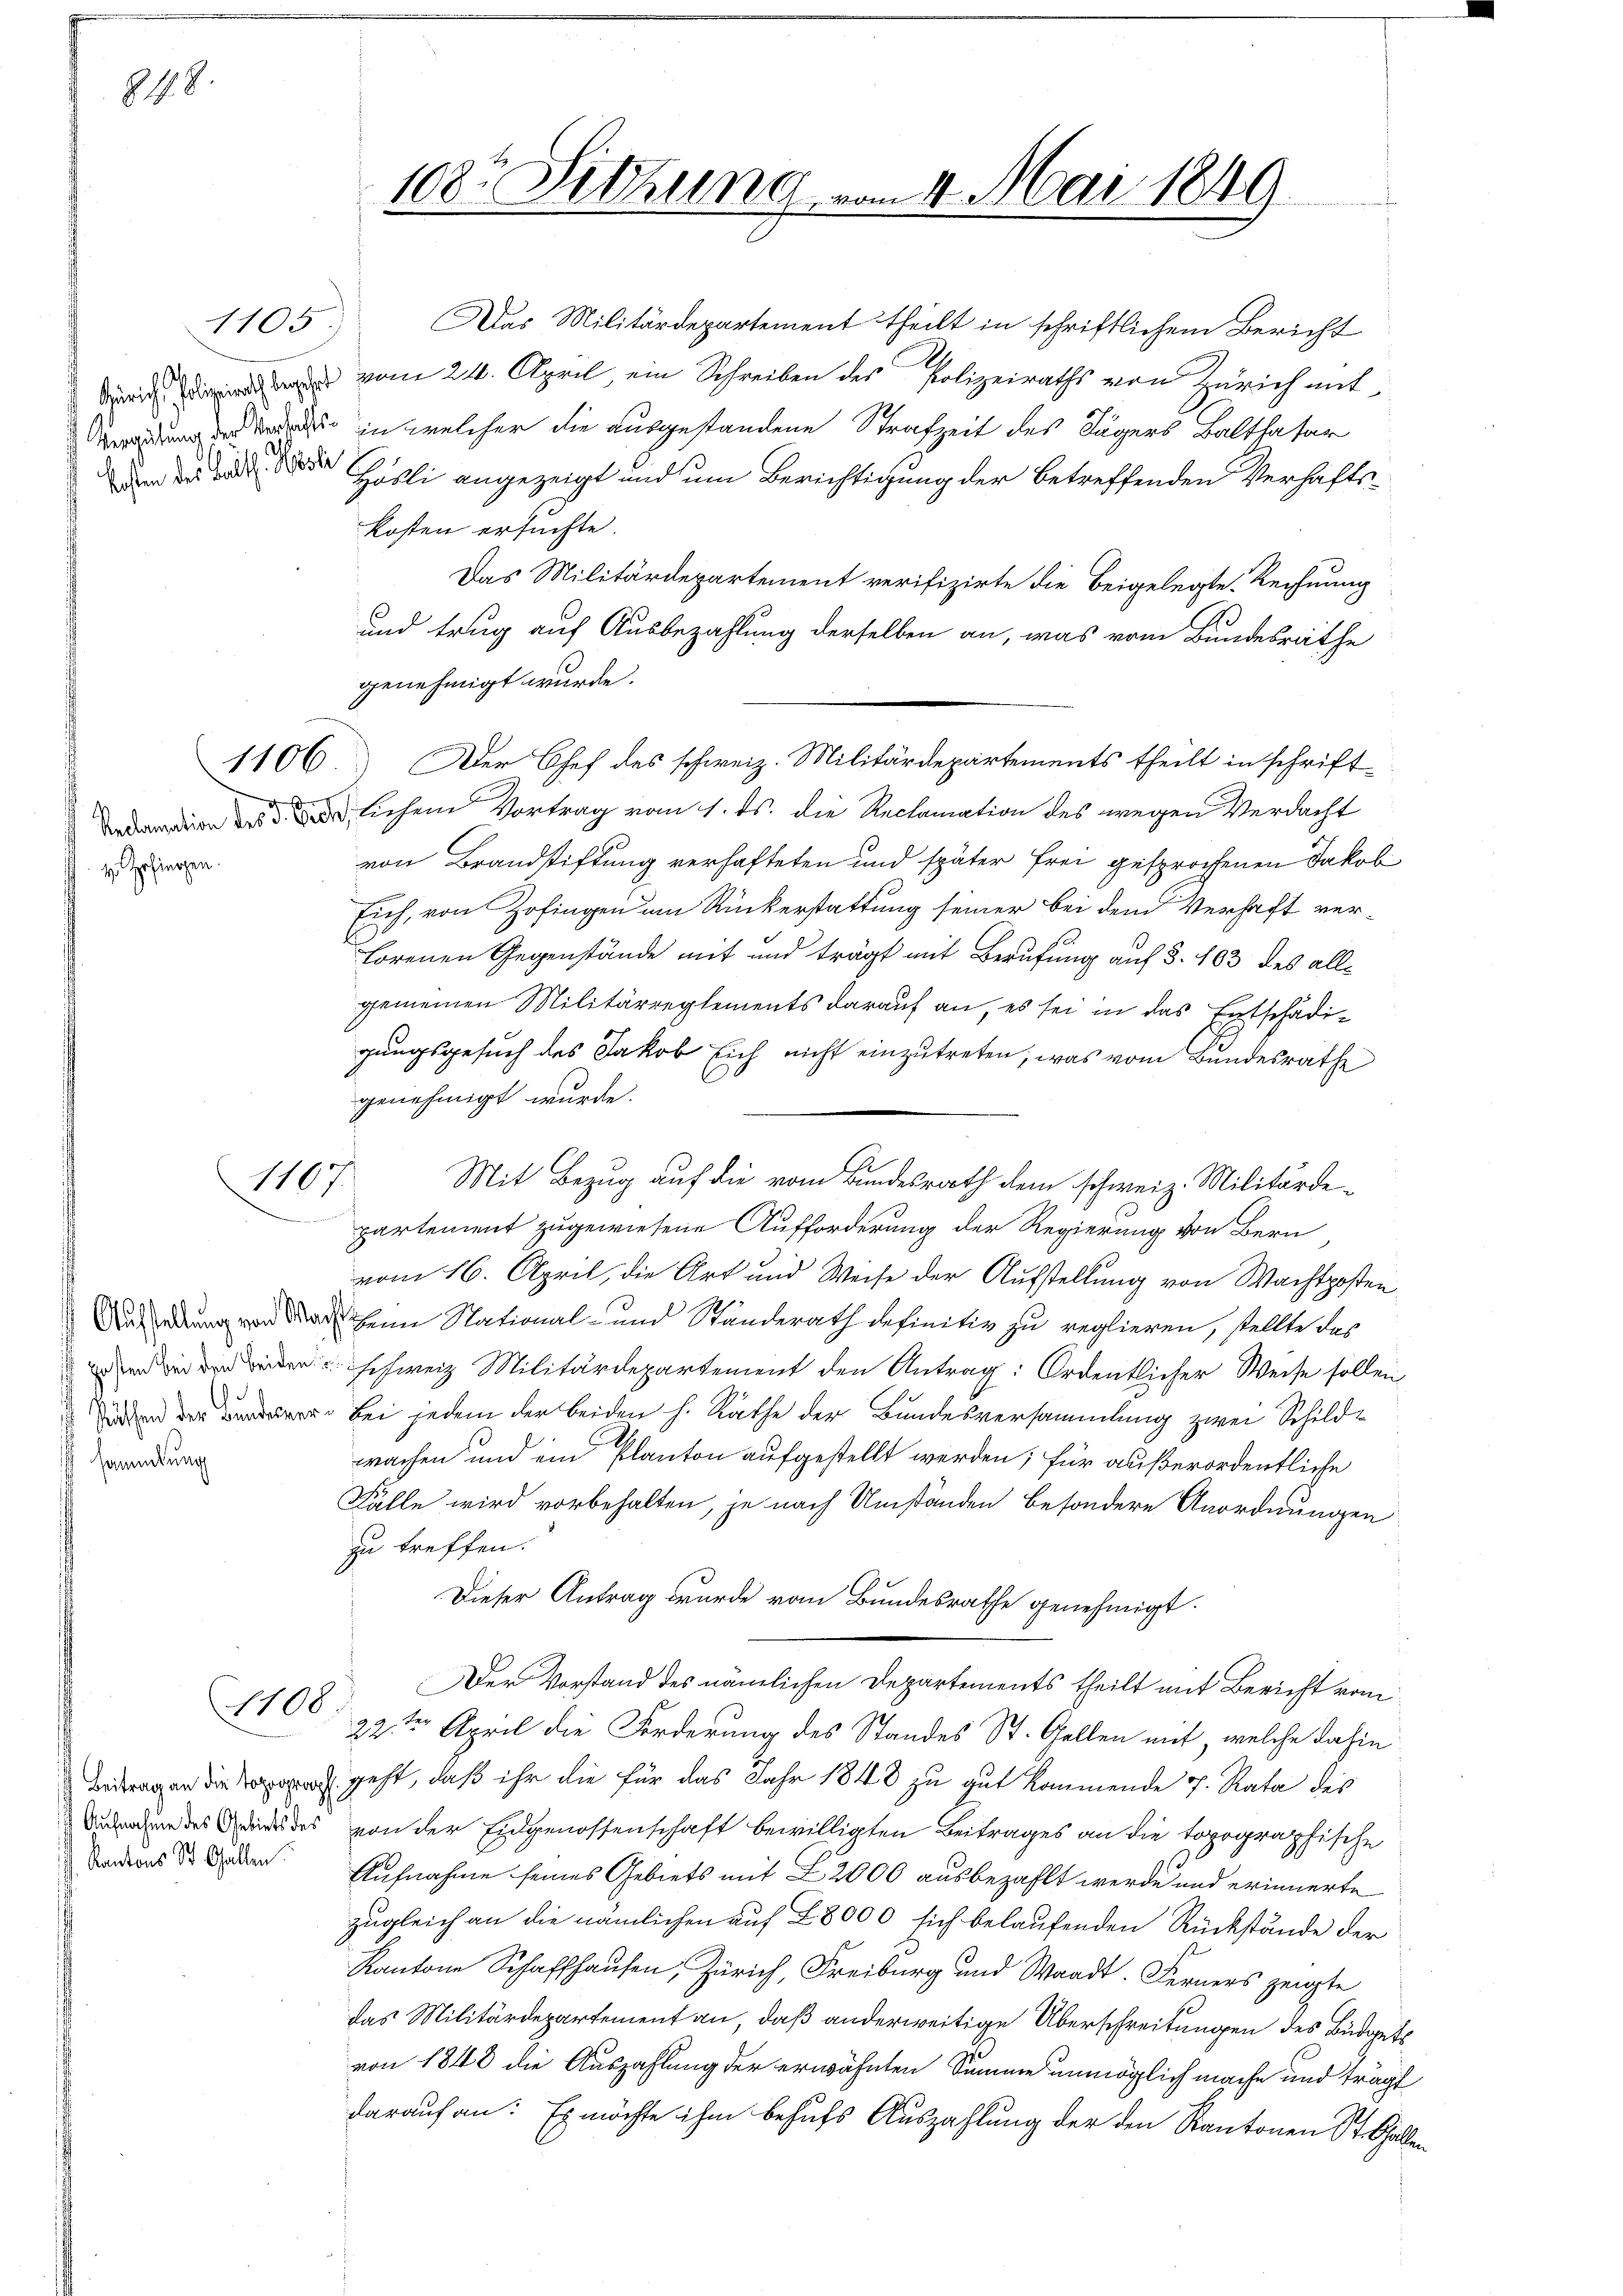
848.

1105

1106

.
H. Zofingen.

sammlung

1107.

1108

Das Militärdepartement theilt in schriftlichem Bericht
dii vom 21. April, ein Schreiben des Polizeiraths von Zürich ant¬
  in welcher die ausgestandene Strafzeit des Jägers Balthasar
dn der die Hösli angezeigt und um Berichtigung der betreffenden Verhaftskosten ersuchte.
Das Militärdepartement verifizirte die beigelegte. Rechnung
und trug auf Ausbezahlung derselben an, was vom Bundesräthe
genehmigt wurde.
Der Chef des schweiz. Militärdepartements theilt in schrift¬
  lichem Vortrag vom 1. ds. die Reclamation des wegen Verdacht
von Brandstiftung verhafteten und später frei gesprochenen Jakob
sich, von Zofingen um Rückerstattung seiner bei dem Verhaft verhorenen Gegenstände mit und trägt mit Berufung auf §. 103 des allgemeinen Militärreglements darauf an, es sei in das Entschädigungsgesuch des Jakob sich nicht einzutreten, was vom Bundesräthe
genehmigt wurde.
Mit Bezug auf die vom Bundesrath dem schweiz. Militärdepartement zugewiesene Aufforderung der Regierung von Bern
vom 16. April, die Art und Weise der Aufstellung von Wachtposten,
Ausung von der heim National- und Standerath definitiv zu reglieren, stellte das
 werden schweiz Militärdepartement den Antrag: Ordentlicher Weise sollen
 Bei jedem der beiden h. Rathe der Bundesversammlung zwei Schuldwachen und ein Planton aufgestellt werden; für außerordentliche
Fälle wird vorbehalten, je nach Umständen besondere Anordnungen
zu treffen.
Dieser Antrag wurde vom Bundesrathe genehmigt.
Der Vorstand des nämlichen Departements theilt mit Bericht vom
22ten April die Forderung des Standes St. Gellen mit, welche dahin
 geht, daß ihr die für das Jahr 1848 zu gut kommende v. Rata des
dn des in des von der Eidgenossenschaft bewilligten Beitrages an die topographische
Badens der den Aufnahme seines Gebiets mit L 2000 ausbezahlt werde und erinnerte
zugleich an die nämlichen auf 28000 sich belaufenden Rückstände der
Kantone Schaffhausen, Zürich, Freiburg und Waadt. Ferners zeigte
das Militärdepartement an, daß anderweitige Überschreitungen des Büdgets
von 1848 die Auszahlung der erwähnten Summe unmöglich mache und tragt
darauf an: Es möchte ihm behufs Auszahlung der den Kantonen St. Gallen

108r Sitzung vom 11. Mai 1849